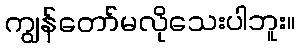
ကျွန်တော်မလိုသေးပါဘူး။